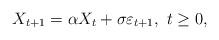
LaTeX: \begin{align*}X_{t+1}=\alpha X_t +\sigma \varepsilon_{t+1},\ t\geq 0,\end{align*}